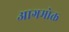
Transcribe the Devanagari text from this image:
आगमोक्त